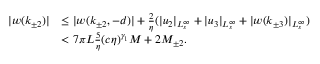
\begin{array} { r l } { \vert w ( k _ { \pm 2 } ) \vert } & { \le \vert w ( k _ { \pm 2 } , - d ) \vert + \frac 2 \eta ( \vert u _ { 2 } \vert _ { L _ { s } ^ { \infty } } + \vert u _ { 3 } \vert _ { L _ { s } ^ { \infty } } + \vert w ( k _ { \pm 3 } ) \vert _ { L _ { s } ^ { \infty } } ) } \\ & { < 7 \pi L \frac 5 \eta ( c \eta ) ^ { \gamma _ { 1 } } M + 2 M _ { \pm 2 } . } \end{array}